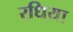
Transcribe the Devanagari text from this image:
रधिया